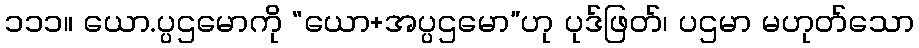
၁၁၁။ ယော.ပ္ပဌမောကို “ယော+အပ္ပဌမော”ဟု ပုဒ်ဖြတ်၊ ပဌမာ မဟုတ်သော